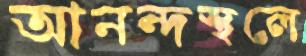
আনন্দস্থলে